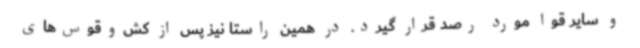
و سایر قوا مورد رصد قرار گیرد. در همین راستا نیز پس از کش‌وقوس‌های